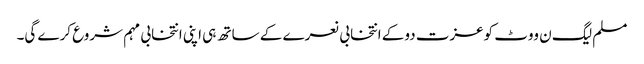
مسلم لیگ ن ووٹ کوعزت دوکے انتخابی نعرے کے ساتھ ہی اپنی انتخابی مہم شروع کرے گی۔